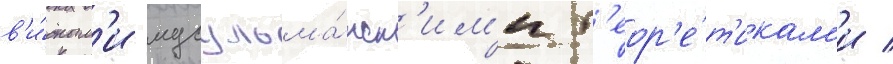
в'и́дным'и мусульма́нск'им'и т'еор'е́т'икам'и /